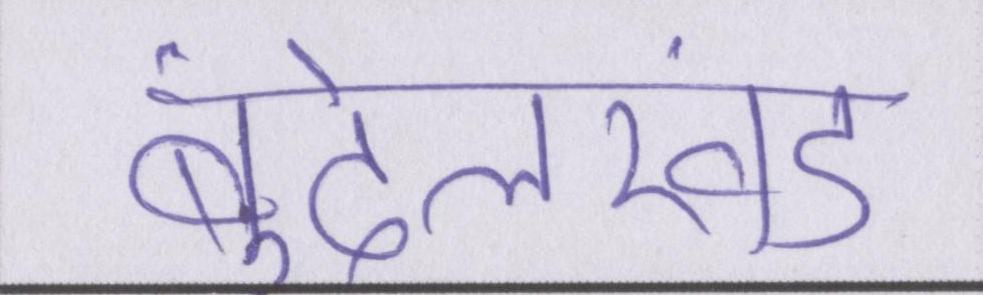
बुंदेलखंड